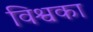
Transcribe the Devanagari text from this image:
विश्वका